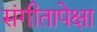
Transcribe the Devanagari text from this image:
संगीतापेक्षा